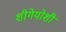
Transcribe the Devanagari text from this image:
शीगेयोशी